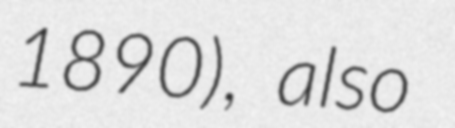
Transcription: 1890), also